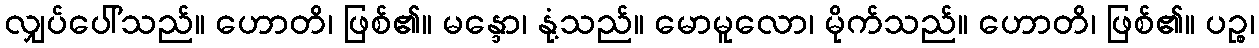
လျှပ်ပေါ်သည်။ ဟောတိ၊ ဖြစ်၏။ မန္ဒော၊ နုံ့သည်။ မောမူလော၊ မိုက်သည်။ ဟောတိ၊ ဖြစ်၏။ ပဉ္စ၊